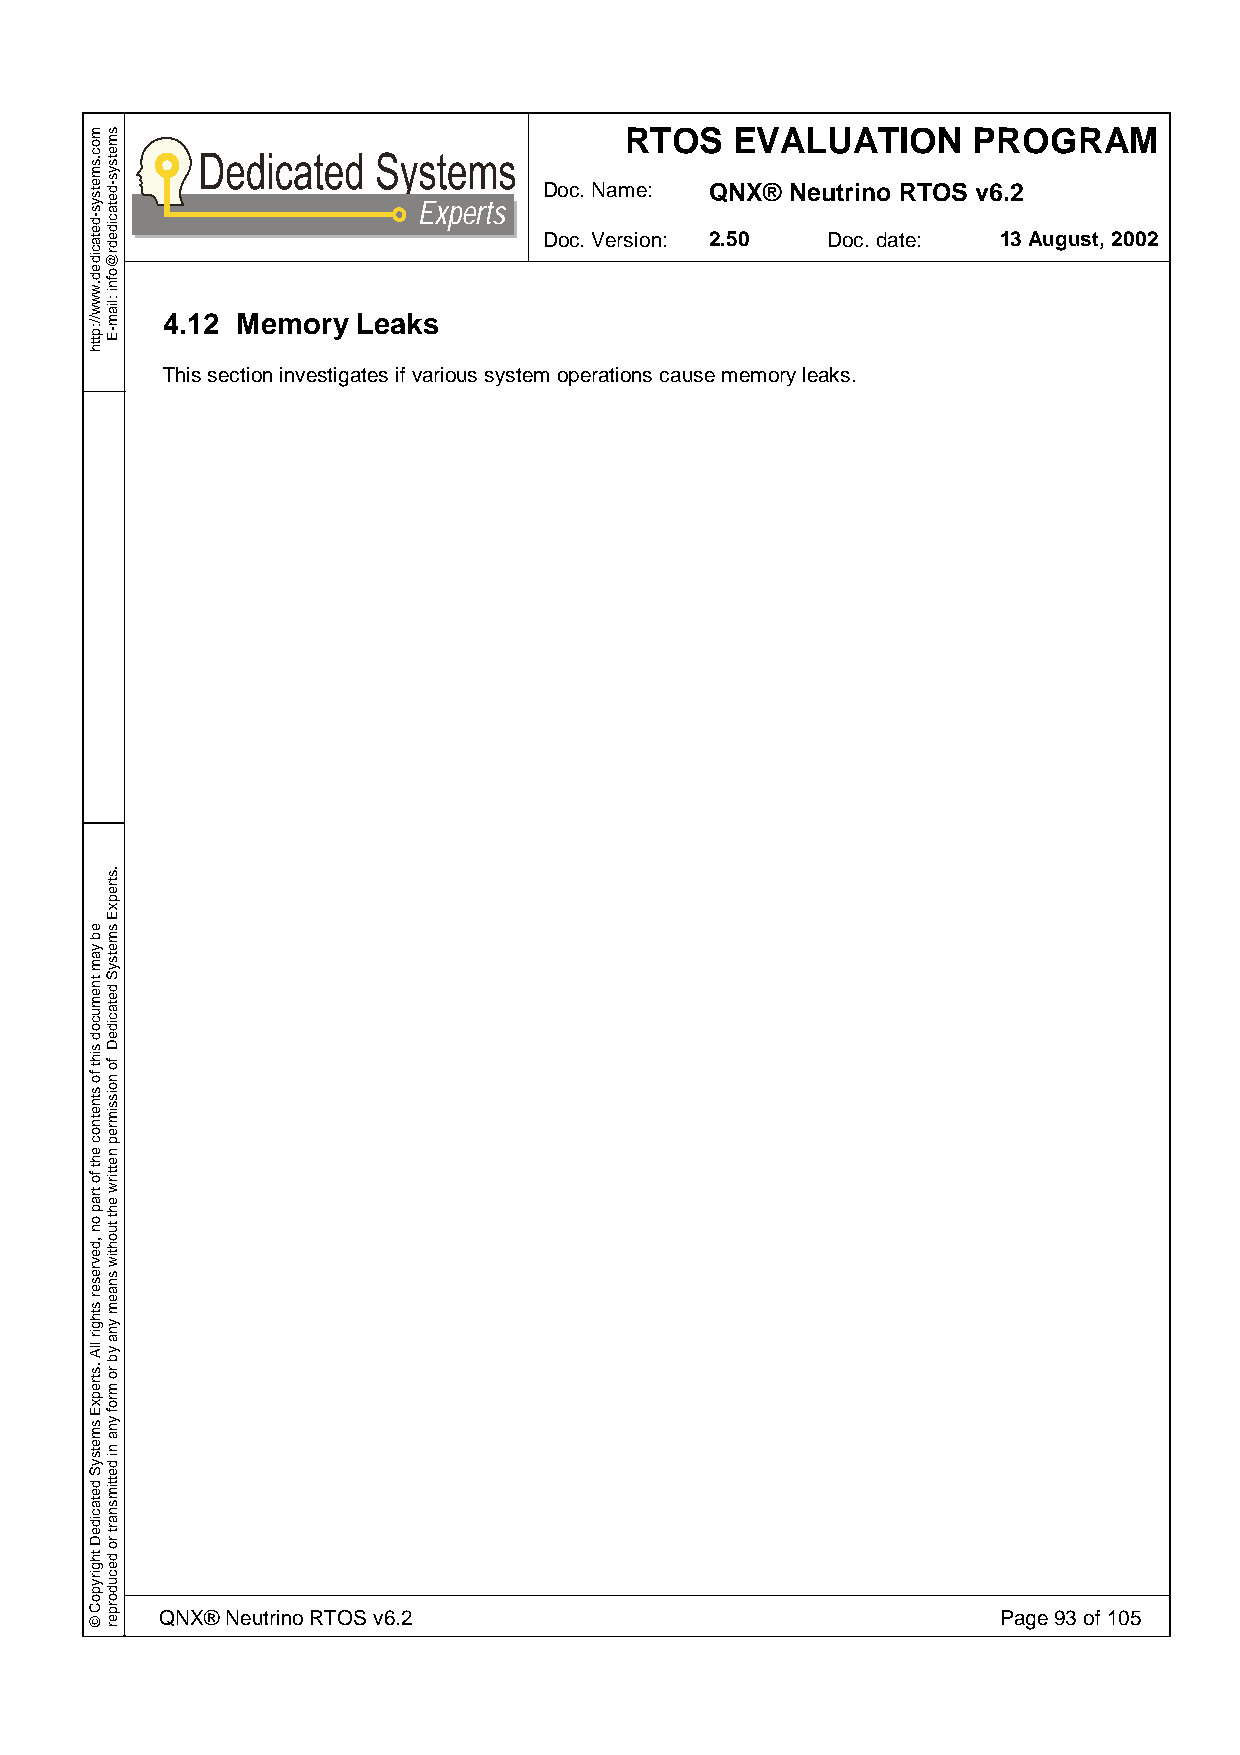
RTOS    EVALUATION     PROGRAM
 Doc. Name: QNX® Neutrino RTOS v6.2
 Experts
 Doc. Version: 2.50 Doc. date: 13 August, 2002
 4.12 Memory  Leaks
 This section investigates if various system operations cause memory leaks.
 QNX® Neutrino RTOS v6.2                                Page 93 of 105
 moc.smetsys-detacided.www//:ptth
 eb
 yam
 tnemucod
 siht
 fo
 stnetnoc
 eht
 fo
 trap
 on
 ,devreser
 sthgir
 llA
 .strepxE
 smetsyS
 detacideD
 thgirypoC
 ©
 smetsys-detacidedr@ofni
 :liam-E
 .strepxE
 smetsyS
 detacideD
 fo
 noissimrep
 nettirw
 eht
 tuohtiw
 snaem
 yna
 yb
 ro
 mrof
 yna
 ni
 dettimsnart
 ro
 decudorper